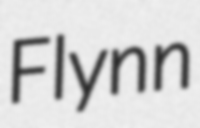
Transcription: Flynn